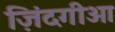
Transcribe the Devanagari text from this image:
ज़िंदगीओ